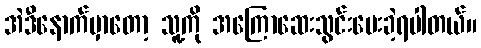
အဲဒီနောက်မှာတော့ သူ့ကို အကြောဆေးသွင်းပေးခဲ့ရပါတယ်။